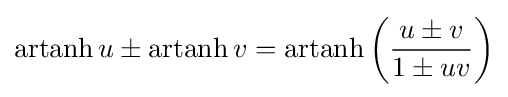
\operatorname {artanh} u\pm \operatorname {artanh} v=\operatorname {artanh} \left({\frac {u\pm v}{1\pm uv}}\right)